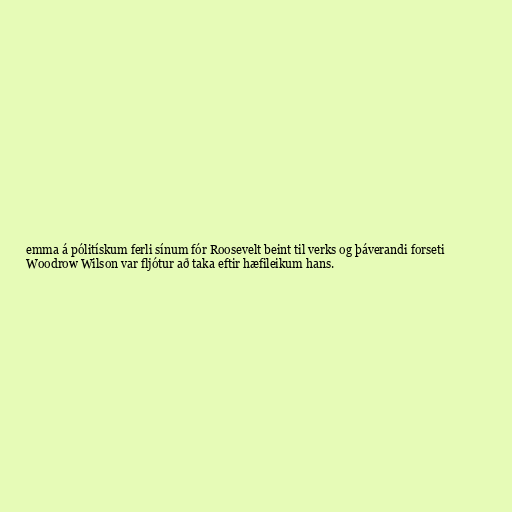
emma á pólitískum ferli sínum fór Roosevelt beint til verks og þáverandi forseti
Woodrow Wilson var fljótur að taka eftir hæfileikum hans.